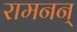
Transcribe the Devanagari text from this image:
रामनन्‌